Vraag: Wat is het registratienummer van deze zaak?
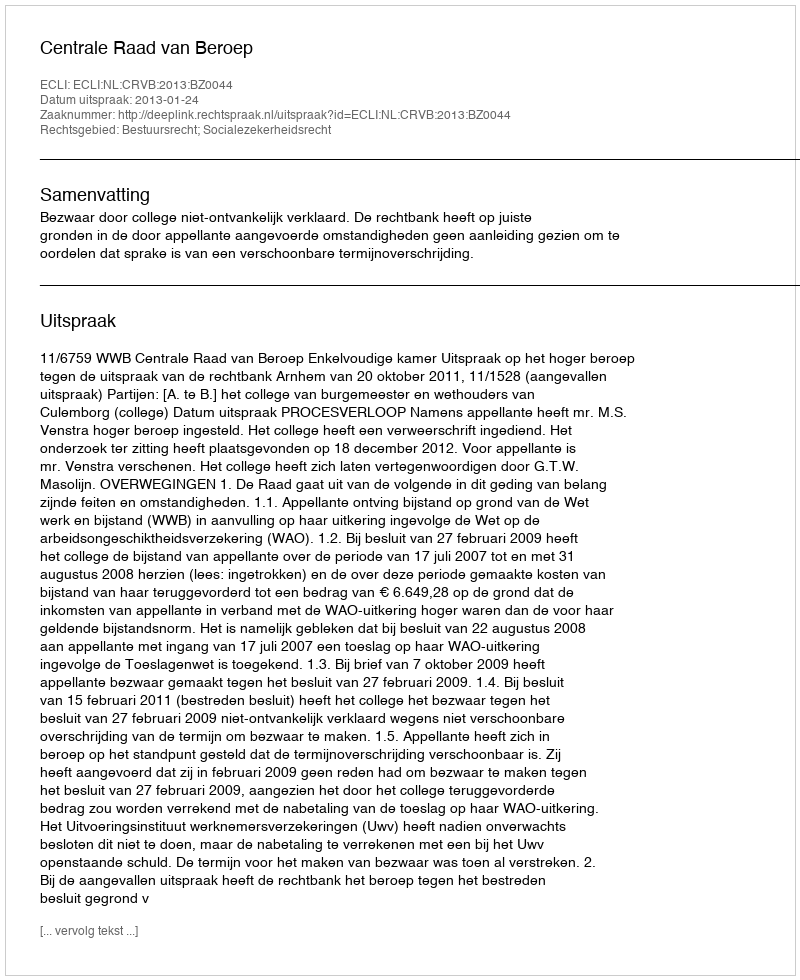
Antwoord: http://deeplink.rechtspraak.nl/uitspraak?id=ECLI:NL:CRVB:2013:BZ0044